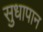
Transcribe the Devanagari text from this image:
सुधापान